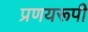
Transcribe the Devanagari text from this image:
प्रणयरूपी